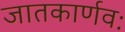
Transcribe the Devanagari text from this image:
जातकार्णवः